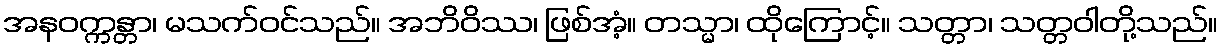
အနဝက္ကန္တာ၊ မသက်ဝင်သည်။ အဘိဝိဿ၊ ဖြစ်အံ့။ တသ္မာ၊ ထိုကြောင့်။ သတ္တာ၊ သတ္တဝါတို့သည်။